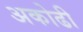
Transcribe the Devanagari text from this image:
अकोढी